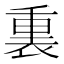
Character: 𫟚